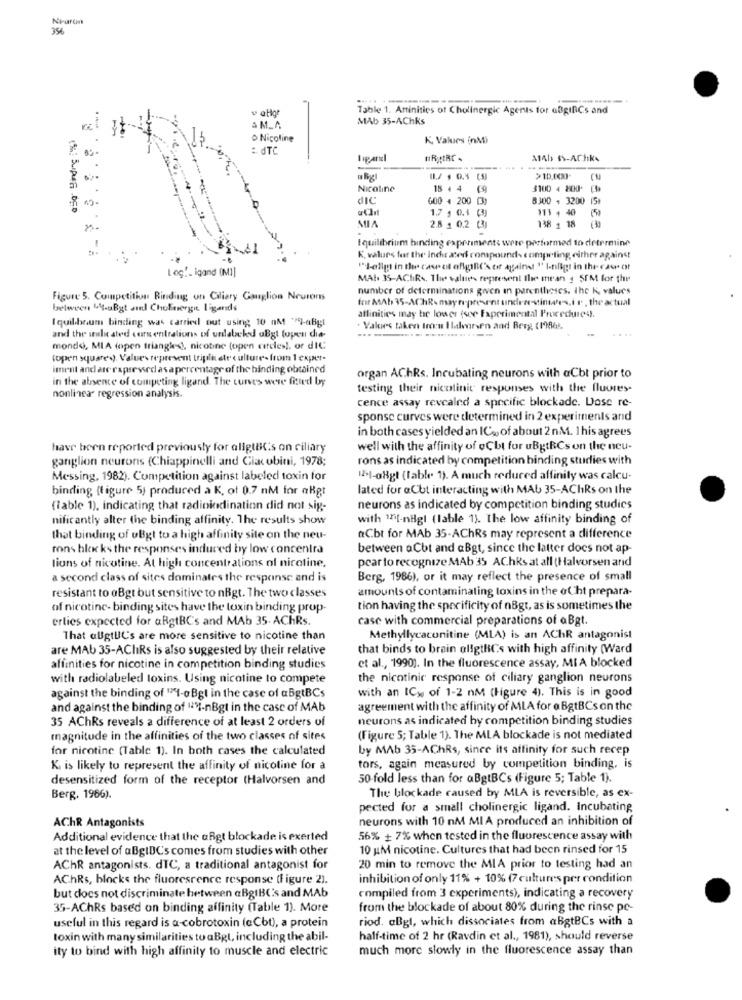
356
v aligr
Table 1. Artinities of Cholinergic Agents for aBginCs and
MAb 35-AChRs
S M.A.
K, Values (nM)
: dTC
#RittRC .
MAIS SS-ACHRA
-------
Nicotine
18 4 4 (9)
$100 4 800 ()
diC
600 + 200 (
8300 + 3200 15+
1.7 , 0.1 (9
113 + 40
2.8 . 0.2 (3)
138 1 18 (3)
Iquilibrium binding experiments were performed to determine
K, values for the inche ated compound- competing either against
Løg !_ igand (MI]
"I-allg in the case of offgibt's cir against " I-tligt in the cawe ot
MAL 35-AChRs. The values represent the mean : 5PM for the
number of determinations given in parentheses. the K, values
Figure 5. Competition Binding on Ciliary Ganglion Neurons
frit MAb 35-AChRs mayrepresent undenestinwes.i r . the actual
between 14-uBgt am ChoEnergi ligands
( quil.boum binding was carried out using 10 nM ")-aBgl
affinities may be lower tice Faperimental Procedures).
. Values taken trou Halvorsen and Berg, (19865.
and the ile ated cors entrations of undlabeckd uBgt (open dia-
mondo, MIA (open triangles), nicotine (open circles), or dIC
(open squared). Values represent tripli ste culture- from 1 exper.
iment and are expressed as a percentage of the binding obtained
in the absence of competing ligand. The curses were fitled by
organ AChRs. Incubating neurons with @Cbt prior to
testing their nicotinic responses with the fluores-
nonlinear regression analysis.
cence assay revealed a specific blockade. Dose re-
sponse curves were determined in 2 experiments and
in both cases yielded an IC% of about 2 nM. 1 his agrees
have been reported previously for aligtBics on ciliary
well with the affinity of @Cbt for uBgtRCs on the neu-
ganglion neurons (Chiappinelli and Giacobini, 1978;
rons as indicated by competition binding studies with
Messing, 1982). Competition against labeled toxin for
123-08gt (fable. 1). A much reduced affinity was calcu-
binding (figure 5) produced a K, of 0.7 nM for aBgt
lated for @Cbt interacting with MAb 35-AChRs on the
(lable 1), indicating that radiokdination did not sig-
neurons as indicated by competition binding studies
nificantly alter the binding affinity. The results show
with 1Ft-nBgl (lable 1). The low affinity binding of
that binding of uBgt to a high affinity site on the neu-
@Cbt for MAb 35-AChRs may represent a difference
rons blocks the responses induced by low concentra
between aCbt and aBgt, since the latter does not ap
pear to recognize MAb 35 AChRs at all (Halvorsen arid
lions of nicotine. At high concentrations of nicotine,
a second class of sites dominates the response and is
Berg, 1986), or it may reflect the presence of small
amounts of contaminating toxins in the ol ht prepara-
resistant to oBgt but sensitive to nBgt. The two classes
of nicotine- binding sites have the toxin binding prop-
tion having the specificity of nBgt, as is sometimes the
erlies expected for aBgtBC's and MAb 35. AChRs.
case with commercial preparations of aBgt.
That aUgtUC's are more sensitive to nicotine than
Methyllycaconitine (MLA) is an AChR antagonist
are MAb 35-AChiRs is also suggested by their relative
that binds to brain ollgtkCs with high affinity (Ward
affinities for nicotine in competition binding studies
et al ., 1990). In the fluorescence assay, MIA blocked
with radiolabeled toxins. Using nicotine to compete
the nicotinic response of ciliary ganglion neurons
with an ICy of 1-2 nm (Figure 4). This is in good
against the binding of "71-0 Bgt in the case of aBgtBCs
and against the binding of "VI-nBgt in the case of MAb
agreement with the affinity of MLA for @ BgtBCs on the
35 AChRs reveals a difference of at least 2 orders of
neurons as indicated by competition binding studies
magnitude in the affinities of the two classes of sites
(Figure 5; Table 1). The MLA blockade is not mediated
for nicotine (Table 1). In both cases the calculated
by MAb 35-AChRs, since its affinity for such recep
K. is likely to represent the affinity of nicoline for a
tors, again measured by competition binding, is
desensitized form of the receptor (Halvorsen and
50-fold less than for aBgtBCs (Figure 5; Table 1).
The blockade caused by MLA is reversible, as ex-
Berg. 1966).
pected for a small cholinergic ligand. Incubating
AChR Antagonists
neurons with 10 nM MI A produced an inhibition of
Additional evidence that the uRgt blockade is exerted
56% + 7% when tested in the fluorescence assay with
at the level of aBgIDC's comes from studies with other
10 AM nicotine. Cultures that had been rinsed for 15
AChR antagonists. dTC, a traditional antagonist for
20 min to remove the MIA prior to testing had an
AChRs, blocks the fluoresrence response (figure 2).
inhibition of only 11% + 10% (7 cultures per condition
but does not discriminate between aBgIBCs and MAb
compiled from 3 experiments), indicating a recovery
35-AChRs based on binding affinity (Table 1). More
from the blockade of about 80% during the rinse pe-
useful in this regard is a-cobrotoxin (cCbt), a protein
riod. aBgt, which dissociates from @BgtBCs with a
toxin with many similarities to aBgt, including the abil-
half-time of 2 hr (Ravdin et al ., 1981), should reverse
ity to bind with high affinity to muscle and electric
much more slowly in the fluorescence assay than